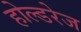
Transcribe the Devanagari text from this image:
होल्डरेज